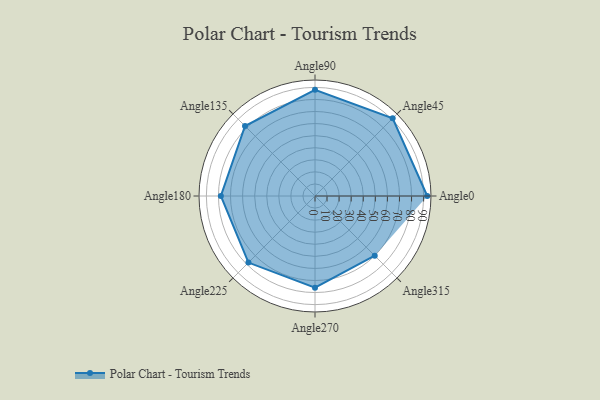
{"axis": {"x": "Angle", "y": "Radius"}, "legend": [""], "data": [{"x": "Angle0", "y": 93.0, "type": ""}, {"x": "Angle45", "y": 91.0, "type": ""}, {"x": "Angle90", "y": 88.0, "type": ""}, {"x": "Angle135", "y": 82.0, "type": ""}, {"x": "Angle180", "y": 78.0, "type": ""}, {"x": "Angle225", "y": 78.0, "type": ""}, {"x": "Angle270", "y": 76.0, "type": ""}, {"x": "Angle315", "y": 70.0, "type": ""}]}